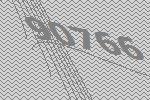
90766